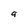
Character: a